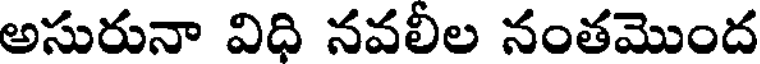
అసురునా విధి నవలీల నంతమొంద